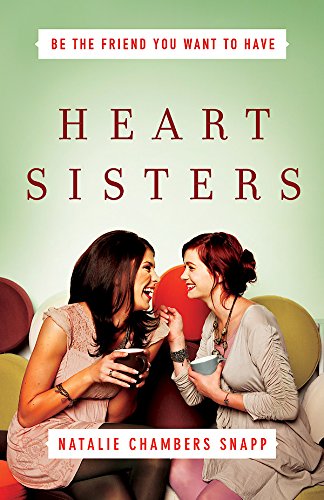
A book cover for Heart Sisters: Be the Friend You Want to Have; Natalie Chambers Snapp; Self-Help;